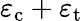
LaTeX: \varepsilon_{\mathrm{c}}+\varepsilon_{\mathrm{t}}